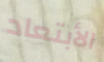
الأبتعاد